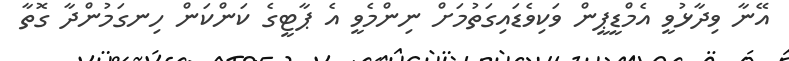
އޭނާ ވިދާޅުވީ އެމްޑީޕީން ވަކިވެޑައިގަތުމަށް ނިންމެވީ އެ ޕާޓީގެ ކަންކަން ހިނގަމުންދާ ގޮތާ